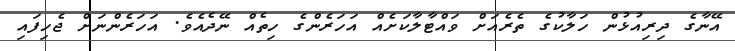
އޭނާގެ ދިރިއުޅުން ހަލާކުގެ ތެރެއަށް ވައްޓާލާކަށެއް އަހަރެންގެ ހިތެއް ނޭދެއެވެ. އަހަރެންނަށް ޖެހިފައި